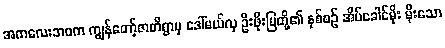
အကလေးဘဝက ကျွန်တော့်ဇာတိရွာမှ ဒေါ်မယ်လှ ဦးဖိုးမြတို့၏ နှစ်စဉ် အိမ်ခေါင်မိုး မိုးသော